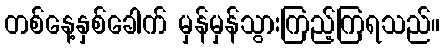
တစ်နေ့နှစ်ခေါက် မှန်မှန်သွားကြည့်ကြရသည်။